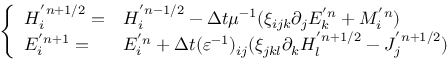
\left\{ \begin{array} { l l } { H _ { i } ^ { ' n + 1 / 2 } = } & { H _ { i } ^ { ' n - 1 / 2 } - \Delta t \mu ^ { - 1 } ( \xi _ { i j k } \partial _ { j } E _ { k } ^ { ' n } + M _ { i } ^ { ' n } ) } \\ { E _ { i } ^ { ' n + 1 } = } & { E _ { i } ^ { ' n } + \Delta t ( \varepsilon ^ { - 1 } ) _ { i j } ( \xi _ { j k l } \partial _ { k } H _ { l } ^ { ' n + 1 / 2 } - J _ { j } ^ { ' n + 1 / 2 } ) } \end{array} \right.